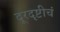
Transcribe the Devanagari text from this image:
दूरदृष्टीचं